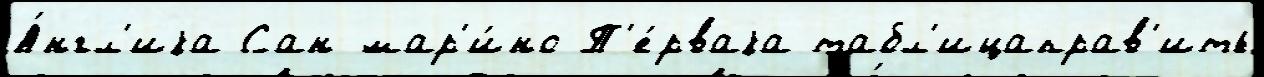
А́нгл'иjа Сан-мар'и́но П'е́рваjа табл'ицаправ'ить